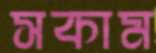
সকাম